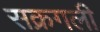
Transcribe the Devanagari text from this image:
सक्रगली